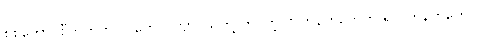
စစ်ကောင်စီဘက်က လူတွေပါပဲဗျာ၊ သူတို့ ကိုင်တဲ့ လက်နက်တွေက ရဲလက်နက်တွေပါ။